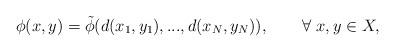
LaTeX: \begin{align*}\phi(x,y)=\tilde{\phi}(d(x_1,y_1),...,d(x_N,y_N)),\qquad\forall\ x,y\in X,\end{align*}